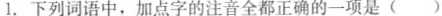
1.下列词语中，加点字的注音全都正确的一项是( )